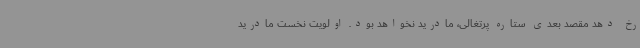
رخ دهد مقصد بعدی ستاره پرتغالی، مادرید نخواهد بود. اولویت نخست مادرید